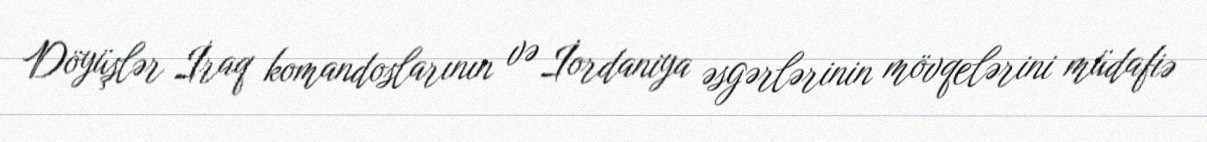
Döyüşlər İraq komandoslarının və İordaniya əsgərlərinin mövqelərini müdafiə